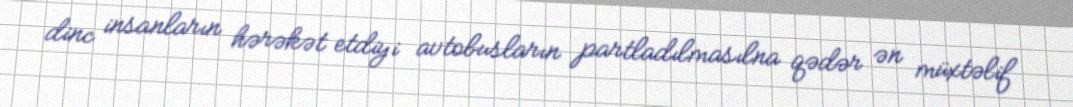
dinc insanların hərəkət etdiyi avtobusların partladılmasılna qədər ən müxtəlif